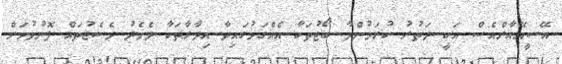
އޭސީއޭއާރްއެސް އަކީ ދަތުރު ކުރަމުންދާ ބޯޓުތަކާ އެއްގަމުގައިވާ އިދާރާތަކާ ދެމެދު މެސެޖުތައް ފޮނުވުމަށް